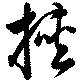
挾